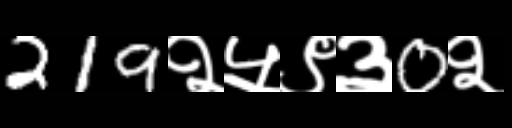
Text: 219२५९३0२